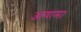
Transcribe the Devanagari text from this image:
आयाम।